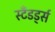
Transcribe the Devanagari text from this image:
स्टँडर्ड्स